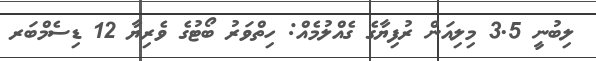
ލިބުނީ 3.5 މިލިއަން ރުފިޔާގެ ގެއްލުމެއް: ހިތްވަރު ބޯޓުގެ ވެރިޔާ 12 ޑިސެމްބަރ